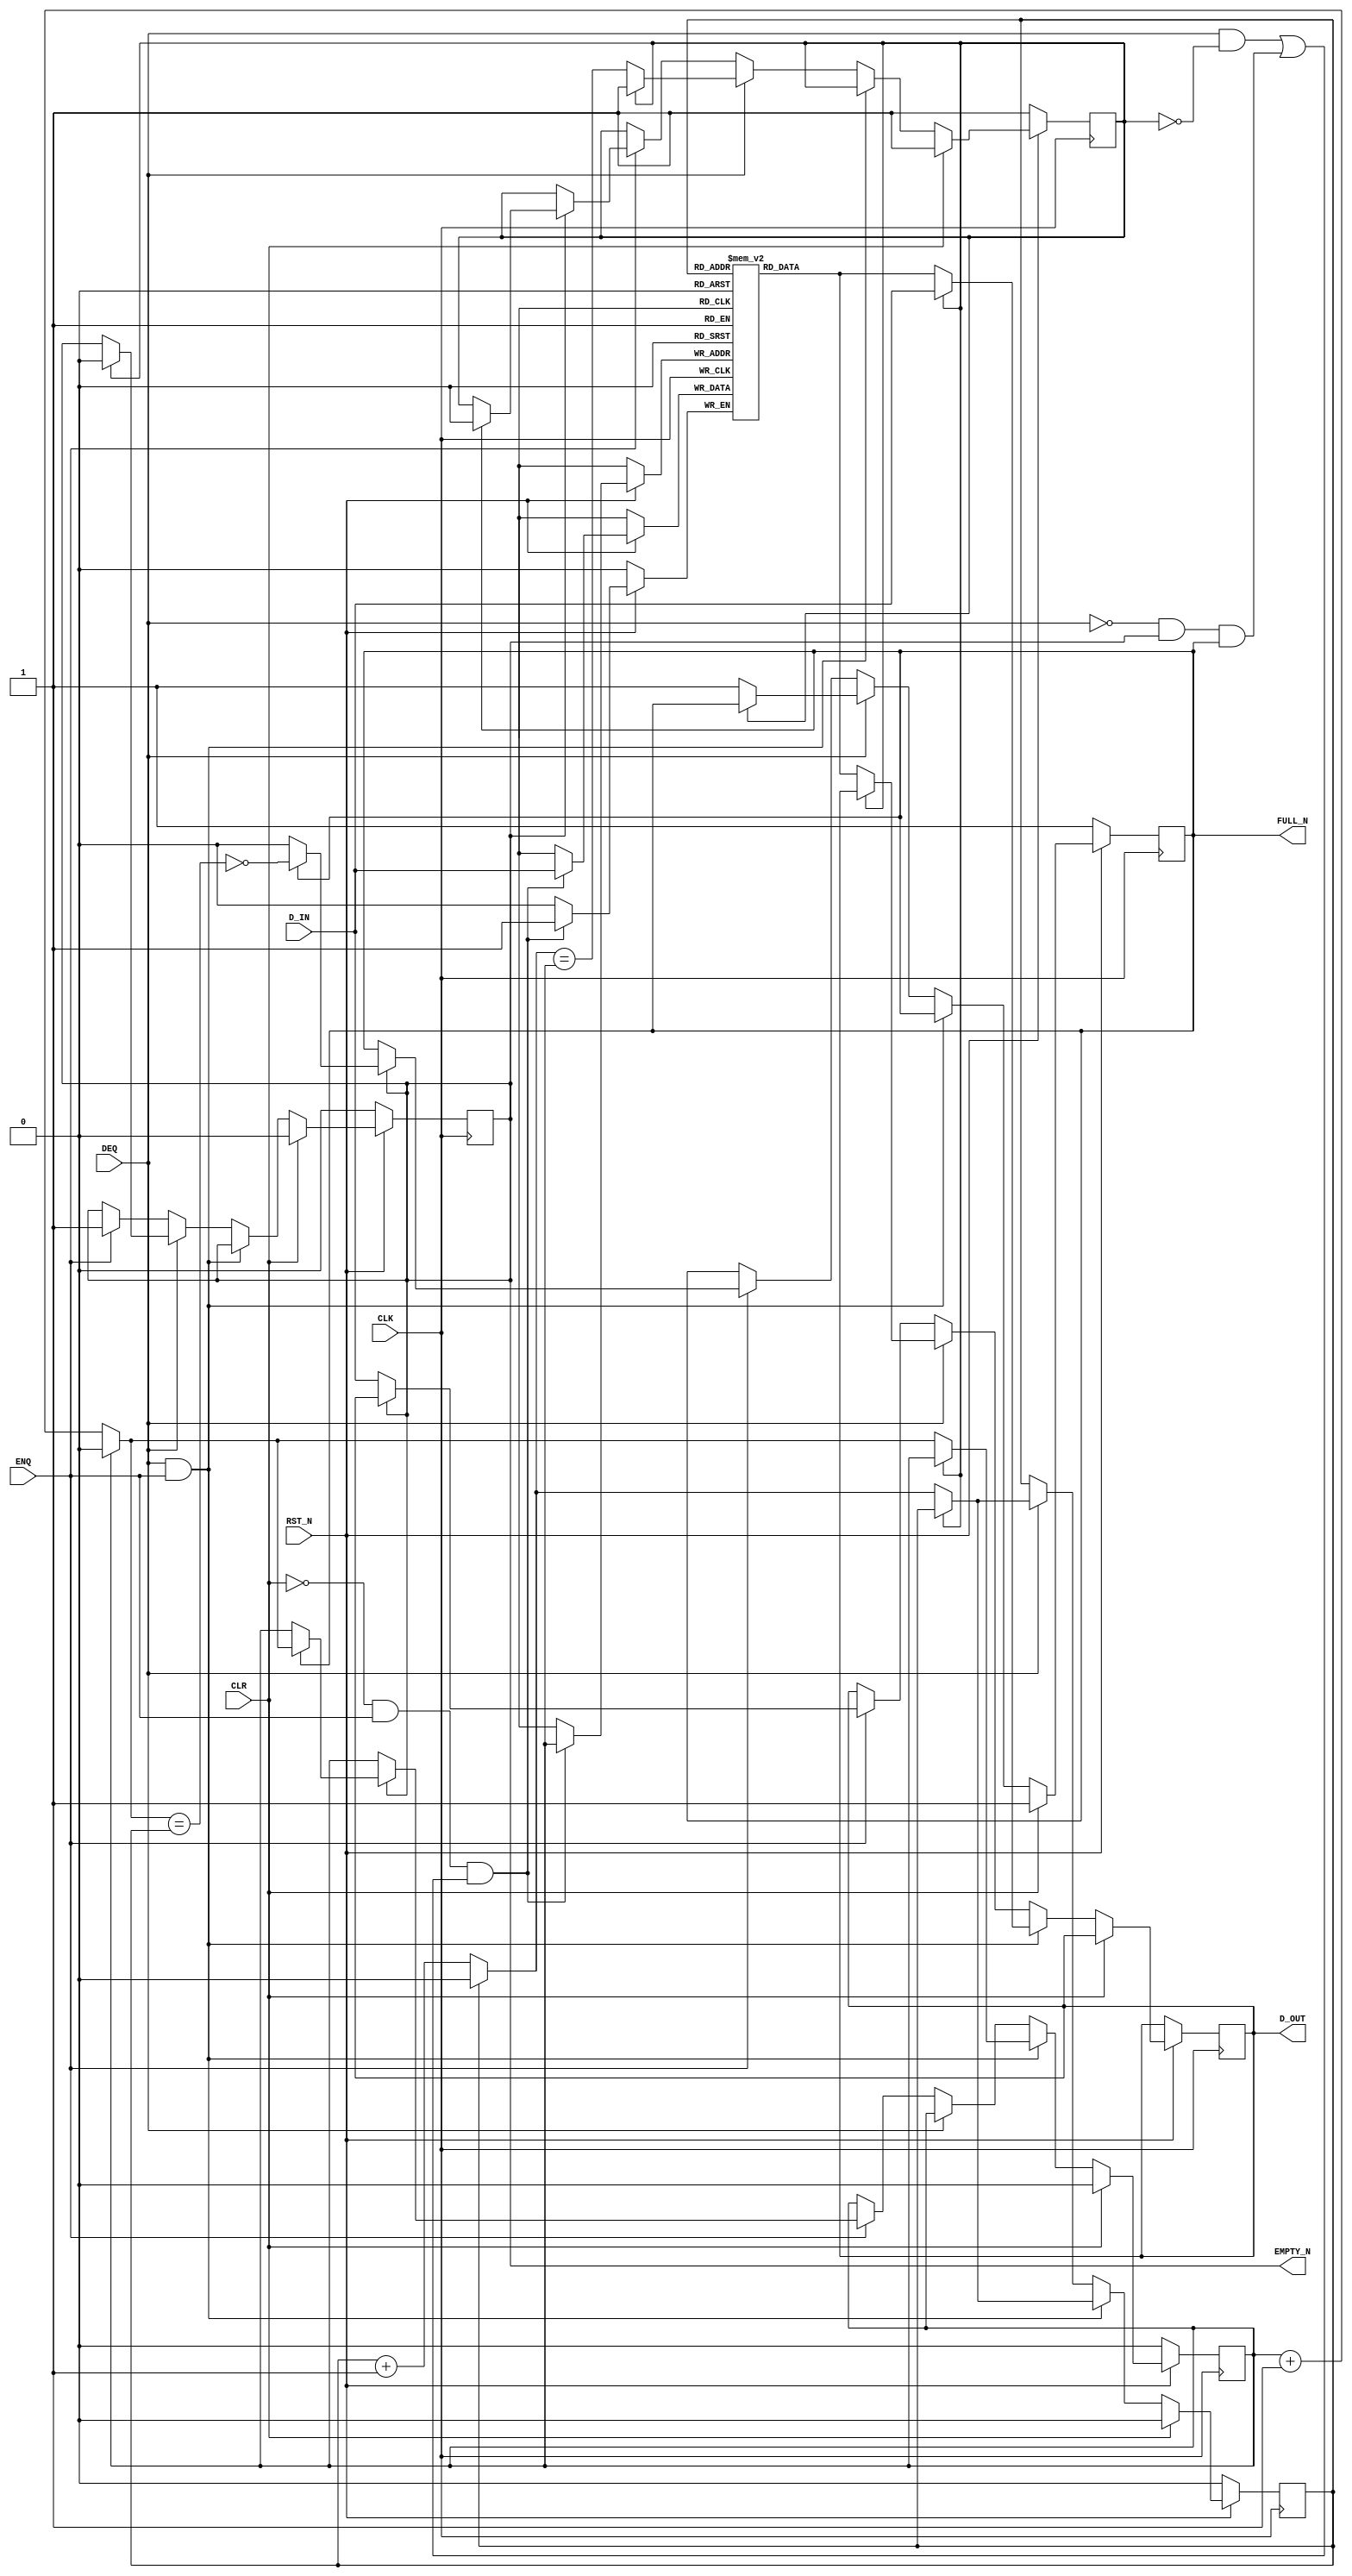

// Copyright (c) 2000-2009 Bluespec, Inc.

// Permission is hereby granted, free of charge, to any person obtaining a copy
// of this software and associated documentation files (the "Software"), to deal
// in the Software without restriction, including without limitation the rights
// to use, copy, modify, merge, publish, distribute, sublicense, and/or sell
// copies of the Software, and to permit persons to whom the Software is
// furnished to do so, subject to the following conditions:

// The above copyright notice and this permission notice shall be included in
// all copies or substantial portions of the Software.

// THE SOFTWARE IS PROVIDED "AS IS", WITHOUT WARRANTY OF ANY KIND, EXPRESS OR
// IMPLIED, INCLUDING BUT NOT LIMITED TO THE WARRANTIES OF MERCHANTABILITY,
// FITNESS FOR A PARTICULAR PURPOSE AND NONINFRINGEMENT. IN NO EVENT SHALL THE
// AUTHORS OR COPYRIGHT HOLDERS BE LIABLE FOR ANY CLAIM, DAMAGES OR OTHER
// LIABILITY, WHETHER IN AN ACTION OF CONTRACT, TORT OR OTHERWISE, ARISING FROM,
// OUT OF OR IN CONNECTION WITH THE SOFTWARE OR THE USE OR OTHER DEALINGS IN
// THE SOFTWARE.
//
// $Revision: 24080 $
// $Date: 2011-05-18 19:32:52 +0000 (Wed, 18 May 2011) $

`ifdef BSV_ASSIGNMENT_DELAY
`else
`define BSV_ASSIGNMENT_DELAY
`endif


// Sized fifo.  Model has output register which improves timing
module SizedFIFO(CLK, RST_N, D_IN, ENQ, FULL_N, D_OUT, DEQ, EMPTY_N, CLR);
   parameter               p1width = 1; // data width
   parameter               p2depth = 3;
   parameter               p3cntr_width = 1; // log(p2depth-1)
   // The -1 is allowed since this model has a fast output register
   parameter               guarded = 1;
   localparam              p2depth2 = p2depth -2 ;

   input                   CLK;
   input                   RST_N;
   input                   CLR;
   input [p1width - 1 : 0] D_IN;
   input                   ENQ;
   input                   DEQ;

   output                  FULL_N;
   output                  EMPTY_N;
   output [p1width - 1 : 0] D_OUT;

   reg                      not_ring_full;
   reg                      ring_empty;

   reg [p3cntr_width-1 : 0] head;
   wire [p3cntr_width-1 : 0] next_head;

   reg [p3cntr_width-1 : 0]  tail;
   wire [p3cntr_width-1 : 0] next_tail;

   // if the depth is too small, don't create an ill-sized array;
   // instead, make a 1-sized array and let the initial block report an error
   reg [p1width - 1 : 0]     arr[0: ((p2depth >= 2) ? (p2depth2) : 0)];

   reg [p1width - 1 : 0]     D_OUT;
   reg                       hasodata;

   wire [p3cntr_width-1:0]   depthLess2 = p2depth2[p3cntr_width-1:0] ;

   wire [p3cntr_width-1 : 0] incr_tail;
   wire [p3cntr_width-1 : 0] incr_head;

   assign                    incr_tail = tail + 1'b1 ;
   assign                    incr_head = head + 1'b1 ;

   assign    next_head = (head == depthLess2 ) ? {p3cntr_width{1'b0}} : incr_head ;
   assign    next_tail = (tail == depthLess2 ) ? {p3cntr_width{1'b0}} : incr_tail ;

   assign    EMPTY_N = hasodata;
   assign    FULL_N  = not_ring_full;

`ifdef BSV_NO_INITIAL_BLOCKS
`else // not BSV_NO_INITIAL_BLOCKS
   // synopsys translate_off
   initial
     begin : initial_block
        integer   i;
        D_OUT         = {((p1width + 1)/2){2'b10}} ;

        ring_empty    = 1'b1;
        not_ring_full = 1'b1;
        hasodata      = 1'b0;
        head          = {p3cntr_width {1'b0}} ;
        tail          = {p3cntr_width {1'b0}} ;

        for (i = 0; i <= p2depth2 && p2depth > 2; i = i + 1)
          begin
             arr[i]   = D_OUT ;
          end
     end
   // synopsys translate_on
`endif // BSV_NO_INITIAL_BLOCKS

   always @(posedge CLK /* or negedge RST_N */ )
     begin
        if (!RST_N)
          begin
             head <= `BSV_ASSIGNMENT_DELAY {p3cntr_width {1'b0}} ;
             tail <= `BSV_ASSIGNMENT_DELAY {p3cntr_width {1'b0}} ;
             ring_empty <= `BSV_ASSIGNMENT_DELAY 1'b1;
             not_ring_full <= `BSV_ASSIGNMENT_DELAY 1'b1;
             hasodata <= `BSV_ASSIGNMENT_DELAY 1'b0;

             // Following section initializes the data registers which
             // may be desired only in some situations.
             // Uncomment to initialize array
             /*
             D_OUT    <= `BSV_ASSIGNMENT_DELAY {p1width {1'b0}} ;
             for (i = 0; i <= p2depth2 && p2depth > 2; i = i + 1)
               begin
                   arr[i]  <= `BSV_ASSIGNMENT_DELAY {p1width {1'b0}} ;
               end
              */
          end // if (RST_N == 0)
        else
         begin

	    // Update arr[tail] once, since some FPGA synthesis tools are unable
            // to infer good RAM placement when there are multiple separate
	    // writes of arr[tail] <= D_IN
            if (!CLR && ENQ && ((DEQ && !ring_empty) || (!DEQ && hasodata && not_ring_full)))
              begin
                 arr[tail] <= `BSV_ASSIGNMENT_DELAY D_IN;
              end

            if (CLR)
              begin
                 head <= `BSV_ASSIGNMENT_DELAY {p3cntr_width {1'b0}} ;
                 tail <= `BSV_ASSIGNMENT_DELAY {p3cntr_width {1'b0}} ;
                 ring_empty <= `BSV_ASSIGNMENT_DELAY 1'b1;
                 not_ring_full <= `BSV_ASSIGNMENT_DELAY 1'b1;
                 hasodata <= `BSV_ASSIGNMENT_DELAY 1'b0;
              end // if (CLR)

            else if (DEQ && ENQ )
              begin
                 if (ring_empty)
                   begin
                      D_OUT <= `BSV_ASSIGNMENT_DELAY D_IN;
                   end
                 else
                   begin
                      // moved into combined write above
		      // arr[tail] <= `BSV_ASSIGNMENT_DELAY D_IN;
                      tail <= `BSV_ASSIGNMENT_DELAY next_tail;
                      D_OUT <= `BSV_ASSIGNMENT_DELAY arr[head];
                      head <= `BSV_ASSIGNMENT_DELAY next_head;
                   end
              end // if (DEQ && ENQ )

            else if ( DEQ )
              begin
                 if (ring_empty)
                   begin
                      hasodata <= `BSV_ASSIGNMENT_DELAY 1'b0;
                   end
                 else
                   begin
                      D_OUT <= `BSV_ASSIGNMENT_DELAY arr[head];
                      head <= `BSV_ASSIGNMENT_DELAY next_head;
                      not_ring_full <= `BSV_ASSIGNMENT_DELAY 1'b1;
                      ring_empty <= `BSV_ASSIGNMENT_DELAY next_head == tail ;
                   end
              end // if ( DEQ )

            else if (ENQ)
              begin
                 if (! hasodata)
                   begin
                      D_OUT <= `BSV_ASSIGNMENT_DELAY D_IN;
                      hasodata <= `BSV_ASSIGNMENT_DELAY 1'b1;
                   end
                 else if ( not_ring_full ) // Drop this test to save redundant test
                   // but be warnned that with test fifo overflow causes loss of new data
                   // while without test fifo drops all but head entry! (pointer overflow)
                   begin
                      // moved into combined write above
                      // arr[tail] <= `BSV_ASSIGNMENT_DELAY D_IN; // drop the old element
                      tail <= `BSV_ASSIGNMENT_DELAY next_tail;
                      ring_empty <= `BSV_ASSIGNMENT_DELAY 1'b0;
                      not_ring_full <= `BSV_ASSIGNMENT_DELAY ! (next_tail == head) ;
                   end
              end // if (ENQ)
         end // else: !if(RST_N == 0)

     end // always @ (posedge CLK)

   // synopsys translate_off
   always@(posedge CLK)
     begin: error_checks
        reg deqerror, enqerror ;

        deqerror =  0;
        enqerror = 0;
        if ( RST_N )
           begin
              if ( ! EMPTY_N && DEQ )
                begin
                   deqerror = 1 ;
                   $display( "Warning: SizedFIFO: %m -- Dequeuing from empty fifo" ) ;
                end
              if ( ! FULL_N && ENQ && (!DEQ || guarded) )
                begin
                   enqerror =  1 ;
                   $display( "Warning: SizedFIFO: %m -- Enqueuing to a full fifo" ) ;
                end
           end
     end // block: error_checks
   // synopsys translate_on

   // synopsys translate_off
   // Some assertions about parameter values
   initial
     begin : parameter_assertions
        integer ok ;
        ok = 1 ;

        if ( p2depth <= 2 )
          begin
             ok = 0;
             $display ( "ERROR SizedFIFO.v: depth parameter must be greater than 2" ) ;
          end

        if ( p3cntr_width <= 0 )
          begin
             ok = 0;
             $display ( "ERROR SizedFIFO.v: width parameter must be greater than 0" ) ;
          end

        if ( ok == 0 ) $finish ;

      end // initial begin
   // synopsys translate_on

endmodule